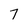
Character: 7